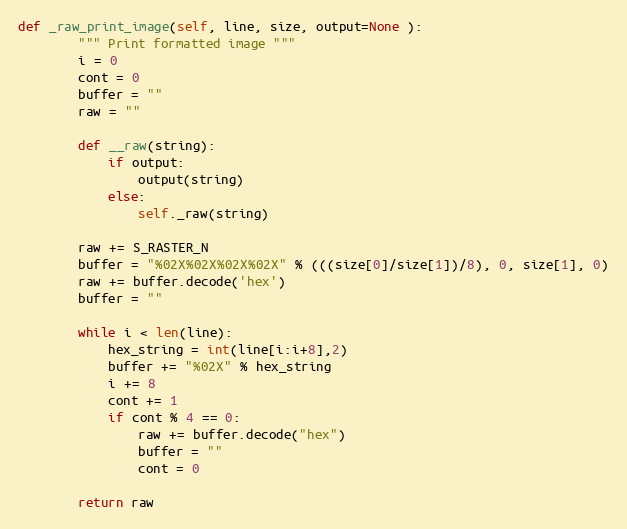
Language: Python
def _raw_print_image(self, line, size, output=None ):
        """ Print formatted image """
        i = 0
        cont = 0
        buffer = ""
        raw = ""

        def __raw(string):
            if output:
                output(string)
            else:
                self._raw(string)

        raw += S_RASTER_N
        buffer = "%02X%02X%02X%02X" % (((size[0]/size[1])/8), 0, size[1], 0)
        raw += buffer.decode('hex')
        buffer = ""

        while i < len(line):
            hex_string = int(line[i:i+8],2)
            buffer += "%02X" % hex_string
            i += 8
            cont += 1
            if cont % 4 == 0:
                raw += buffer.decode("hex")
                buffer = ""
                cont = 0

        return raw